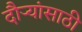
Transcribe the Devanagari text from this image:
दौर्‍यांसाठी